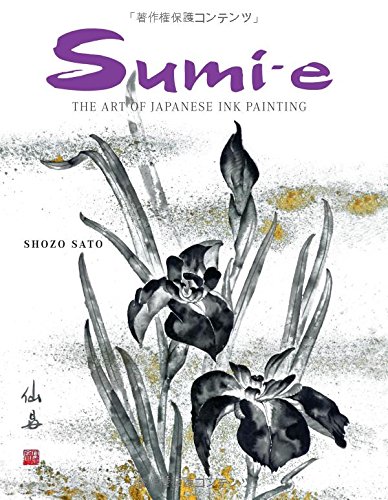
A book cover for Sumi-e: The Art of Japanese Ink Painting; Shozo Sato; Arts & Photography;